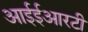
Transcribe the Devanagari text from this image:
आईईआरटी